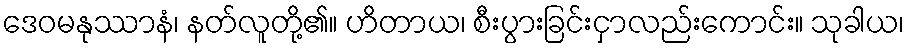
ဒေဝမနုဿာနံ၊ နတ်လူတို့၏။ ဟိတာယ၊ စီးပွားခြင်းငှာလည်းကောင်း။ သုခါယ၊